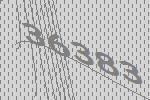
36383